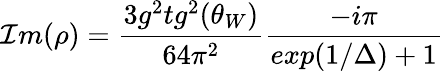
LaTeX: \mathcal{I}m(\rho)=\frac{{3g^{2}tg^{2}(\theta_{W})}}{{64\pi^{2}}}\frac{{-i\pi}}{{exp(1/\Delta)+1}}